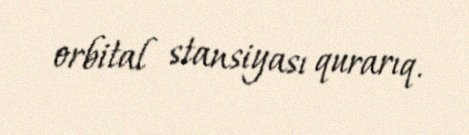
orbital stansiyası qurarıq.